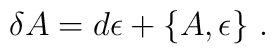
\delta {A}=d{\epsilon} + \{ {A}, {\epsilon} \}~.